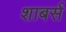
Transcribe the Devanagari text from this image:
शाबर्स